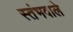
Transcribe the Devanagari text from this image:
स्तंभवाले